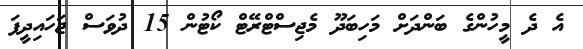
އެ ދެ މީހުންގެ ބަންދަށް މަހިބަދޫ މެޖިސްޓްރޭޓް ކޯޓުން 15 ދުވަސް ޖަހައިދީފަ